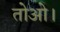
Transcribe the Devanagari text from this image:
तोओ।